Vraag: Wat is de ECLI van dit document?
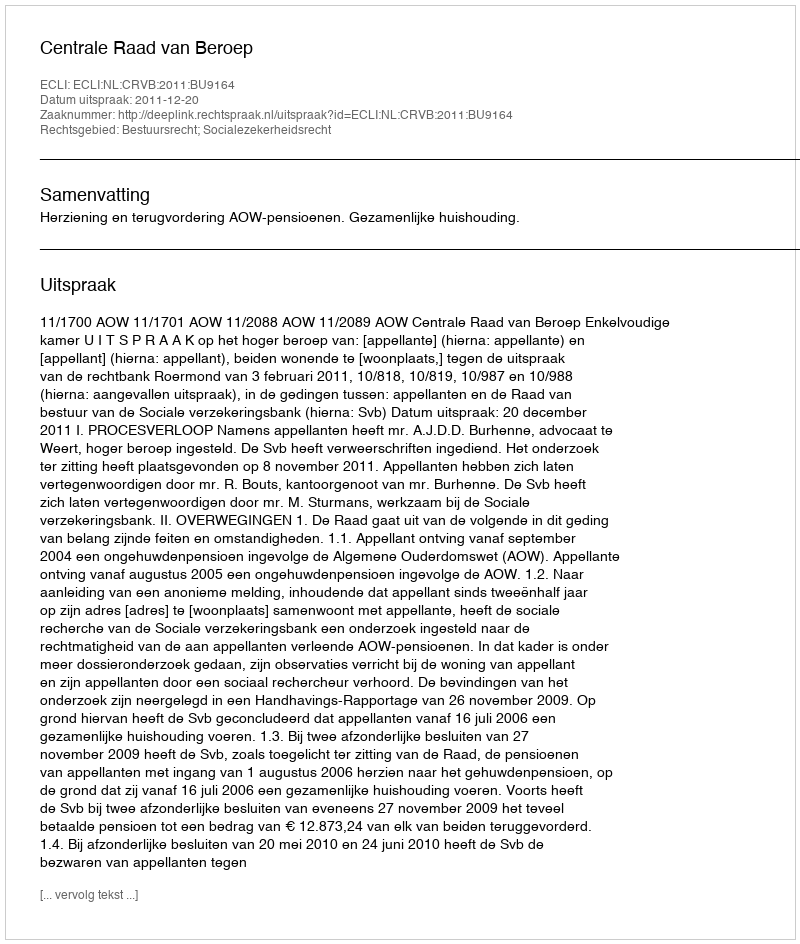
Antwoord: ECLI:NL:CRVB:2011:BU9164